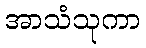
အာသံသုကာ